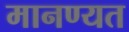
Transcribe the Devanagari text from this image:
मानण्यत